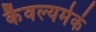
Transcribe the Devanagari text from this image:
कैवल्यमेकं